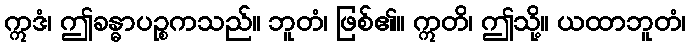
ဣဒံ၊ ဤခန္ဓာပဉ္စကသည်။ ဘူတံ၊ ဖြစ်၏။ ဣတိ၊ ဤသို့။ ယထာဘူတံ၊